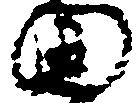
田